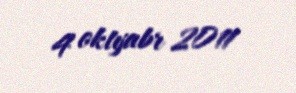
4 oktyabr 2011